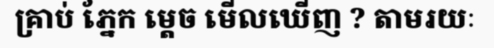
គ្រាប់ ភ្នែក ម្តេច មើលឃើញ ? តាមរយៈ